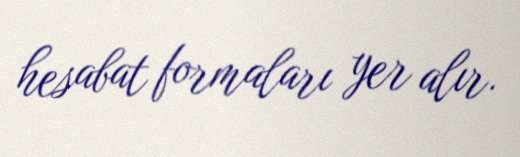
hesabat formaları yer alır.